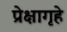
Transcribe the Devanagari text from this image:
प्रेक्षागृहे